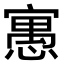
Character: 𡪾